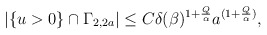
\begin{align*} \begin{aligned} |\{u>0\}\cap \Gamma_{2,2a}|\leq C\delta(\beta)^{1+\frac{Q}{\alpha}}a^{(1+\frac{Q}{\alpha})}, \end{aligned} \end{align*}